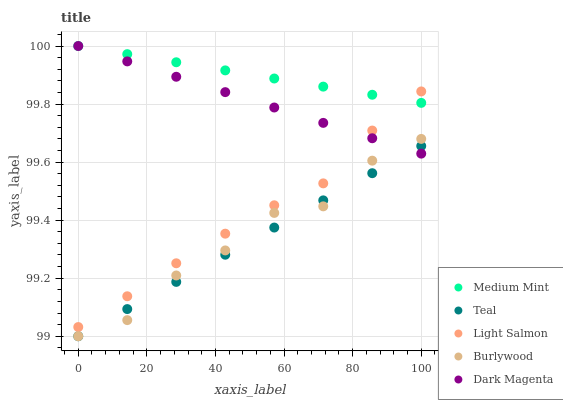
| xaxis_label | Medium Mint | Teal | Light Salmon | Burlywood | Dark Magenta |
 | --- | --- | --- | --- | --- | --- |
 | 0 | 100 | 99 | 99 | 99 | 100 |
 | 14.3 | 100 | 99.1 | 99.1 | 99.1 | 99.9 |
 | 28.6 | 99.9 | 99.2 | 99.3 | 99.2 | 99.9 |
 | 42.9 | 99.9 | 99.3 | 99.4 | 99.3 | 99.8 |
 | 57.1 | 99.9 | 99.4 | 99.5 | 99.4 | 99.8 |
 | 71.4 | 99.9 | 99.5 | 99.5 | 99.4 | 99.7 |
 | 85.7 | 99.8 | 99.6 | 99.7 | 99.6 | 99.7 |
 | 100 | 99.8 | 99.7 | 99.8 | 99.7 | 99.6 |